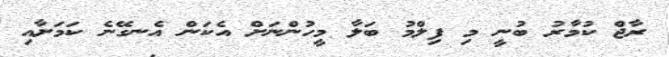
ރާޖް ކުމާރު ބުނީ މި ފިލްމު ބަލާ މީހުންނަށް އެކަން އެނގޭނެ ކަމަށާއި